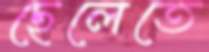
ছেলেতে